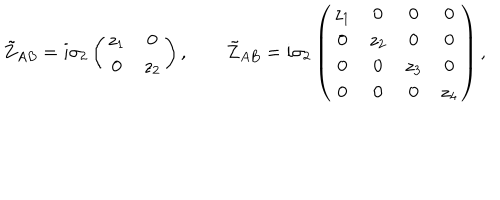
LaTeX: \tilde { Z } _ { A B } = i \sigma _ { 2 } \left( \begin{matrix} { { z _ { 1 } } } & { { 0 } } \\ { { 0 } } & { { z _ { 2 } } } \\ \end{matrix} \right) , \qquad \tilde { Z } _ { A B } = i \sigma _ { 2 } \left( \begin{matrix} { { z _ { 1 } } } & { { 0 } } & { { 0 } } & { { 0 } } \\ { { 0 } } & { { z _ { 2 } } } & { { 0 } } & { { 0 } } \\ { { 0 } } & { { 0 } } & { { z _ { 3 } } } & { { 0 } } \\ { { 0 } } & { { 0 } } & { { 0 } } & { { z _ { 4 } } } \\ \end{matrix} \right) ,